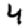
Digit: 4